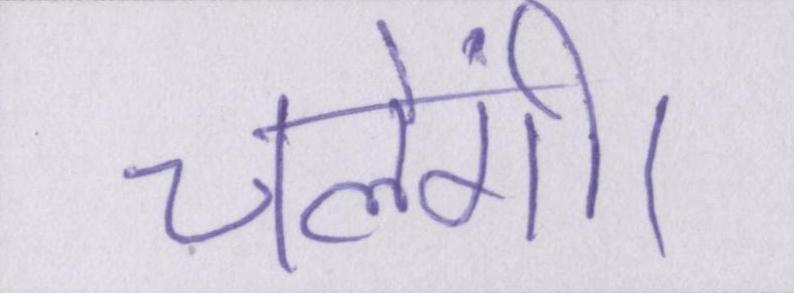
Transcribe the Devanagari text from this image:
चलेंगी।